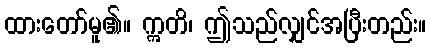
ထားတော်မူ၏။ ဣတိ၊ ဤသည်လျှင်အပြီးတည်း။